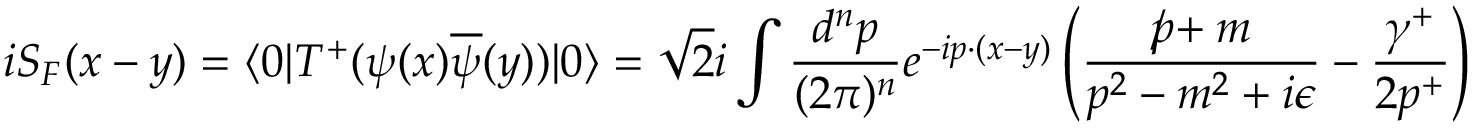
i S _ { F } ( x - y ) = \langle 0 | T ^ { + } ( \psi ( x ) \overline { { { \psi } } } ( y ) ) | 0 \rangle = \sqrt { 2 } i \int \frac { d ^ { n } p } { ( 2 \pi ) ^ { n } } e ^ { - i p \cdot ( x - y ) } \left( \frac { p \! \! \! \slash + m } { p ^ { 2 } - m ^ { 2 } + i \epsilon } - \frac { \gamma ^ { + } } { 2 p ^ { + } } \right)